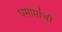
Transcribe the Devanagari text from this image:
धमार्माची